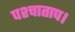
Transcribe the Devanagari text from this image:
पश्चाताप।